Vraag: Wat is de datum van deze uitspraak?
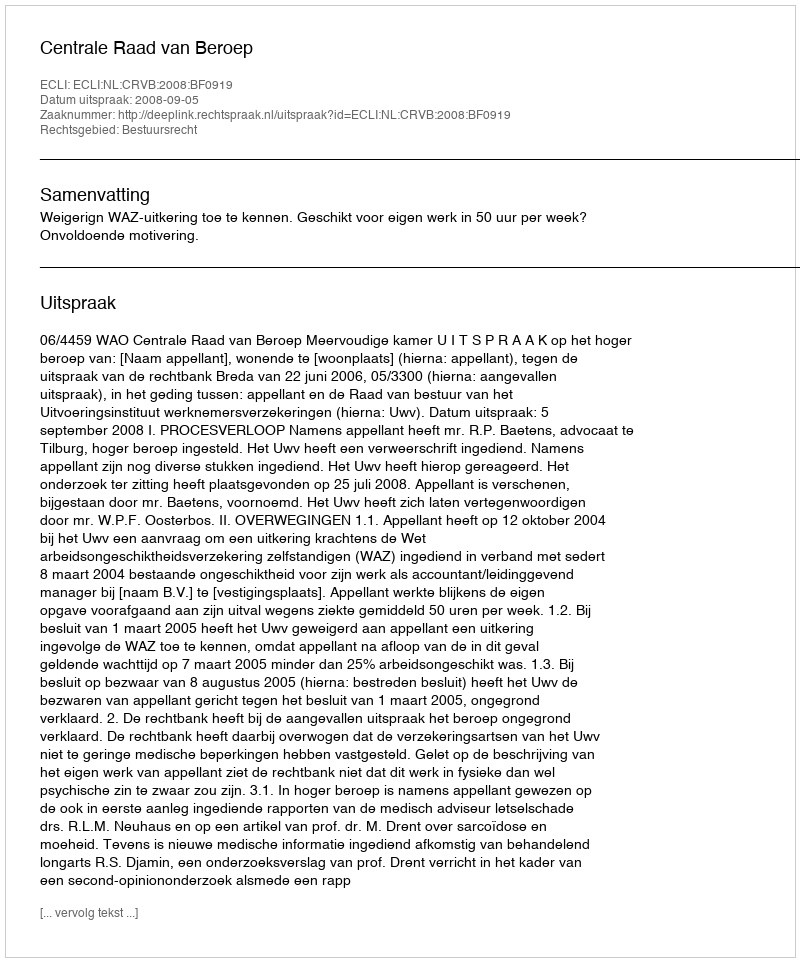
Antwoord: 2008-09-05